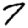
Digit: 7